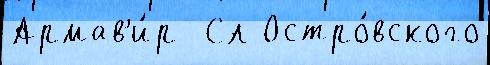
Армав'и́р  Сл Остро́вского